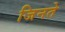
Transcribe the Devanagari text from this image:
जिनते